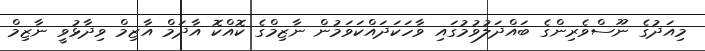
މިއަދުގެ ނޫސްވެރިންގެ ބައްދަލުވުމުގައި ވާހަކަދައްކަވަމުން ނާޒިމްގެ ކޮއްކޮ އާދަމް އާޒިމް ވިދާޅުވީ ނާޒިމް